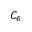
C _ { 6 }